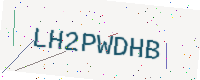
Text: LH2PWDHB